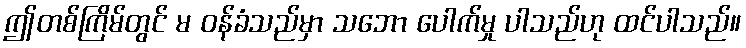
ဤတစ်ကြိမ်တွင် မ ဝန်ခံသည်မှာ သဘော ပေါက်မှု ပါသည်ဟု ထင်ပါသည်။